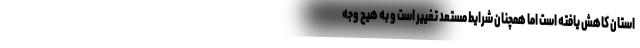
استان کاهش یافته است اما همچنان شرایط مستعد تغییر است و به هیچ وجه